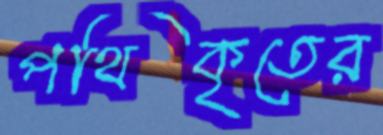
পথিকৃতের